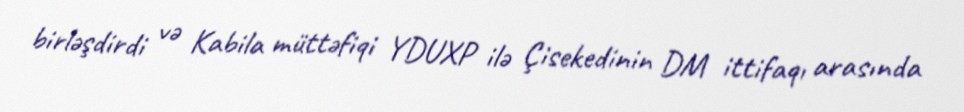
birləşdirdi və Kabila müttəfiqi YDUXP ilə Çisekedinin DM ittifaqı arasında